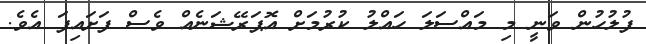
ފުލުހުން ވަނީ މި މައްސަލަ ހައްލު ކުރުމަށް އޮޕަރޭޝަނެއް ވެސް ފަށައިފަ އެވެ.